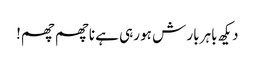
دیکھ باہر بار ش ہو رہی ہے ناچھم چھم!